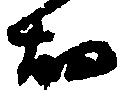
畑